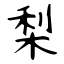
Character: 梨